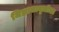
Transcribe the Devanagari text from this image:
जिज्ञासावृत्तीला